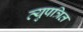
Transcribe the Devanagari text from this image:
व्युपत्रित